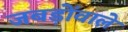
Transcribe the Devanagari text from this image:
जबड़ोंवाले